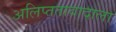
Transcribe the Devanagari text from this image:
अलिप्ततावादाला